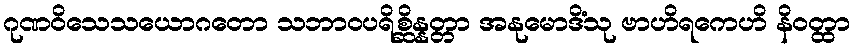
ဂုဏဝိသေသယောဂတော သဘာဝပရိစ္ဆိန္နတ္တာ အနုမောဒိံသု ဗာဟိရကေဟိ နိဝတ္ထာ